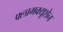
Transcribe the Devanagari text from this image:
फ्लामक्यूशेन